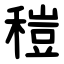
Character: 䅱